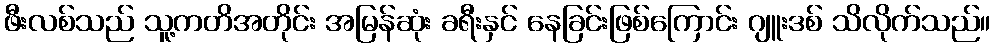
ဖီးလစ်သည် သူ့ကတိအတိုင်း အမြန်ဆုံး ခရီးနှင် နေခြင်းဖြစ်ကြောင်း ဂျူးဒစ် သိလိုက်သည်။